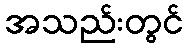
အသည်းတွင်